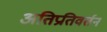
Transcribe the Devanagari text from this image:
अतिप्रतिवर्तन